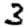
Digit: 3